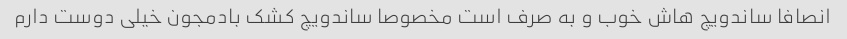
انصافا ساندویچ هاش خوب و به صرف است مخصوصا ساندویچ کشک بادمجون خیلی دوست دارم